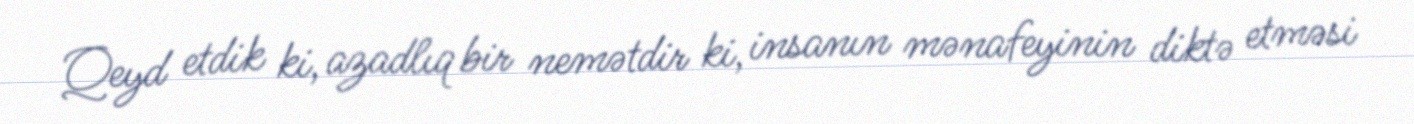
Qeyd etdik ki, azadlıq bir nemətdir ki, insanın mənafeyinin diktə etməsi